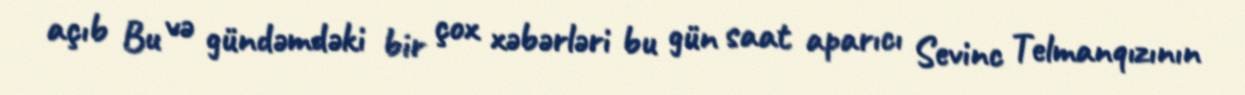
açıb Bu və gündəmdəki bir çox xəbərləri bu gün saat aparıcı Sevinc Telmanqızının